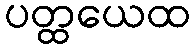
ပတ္ထယေထ